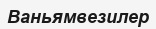
Ваньямвезилер